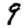
Digit: 9